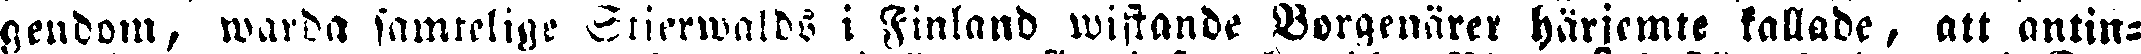
genbom, warda samtelige Stierwalds i Finland wistande Borgenärer härjemte kallade, att antin-